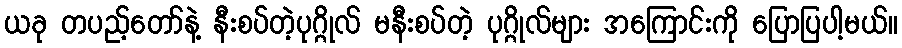
ယခု တပည့်တော်နဲ့ နီးစပ်တဲ့ပုဂ္ဂိုလ် မနီးစပ်တဲ့ ပုဂ္ဂိုလ်များ အကြောင်းကို ပြောပြပါ့မယ်။